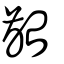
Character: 齝